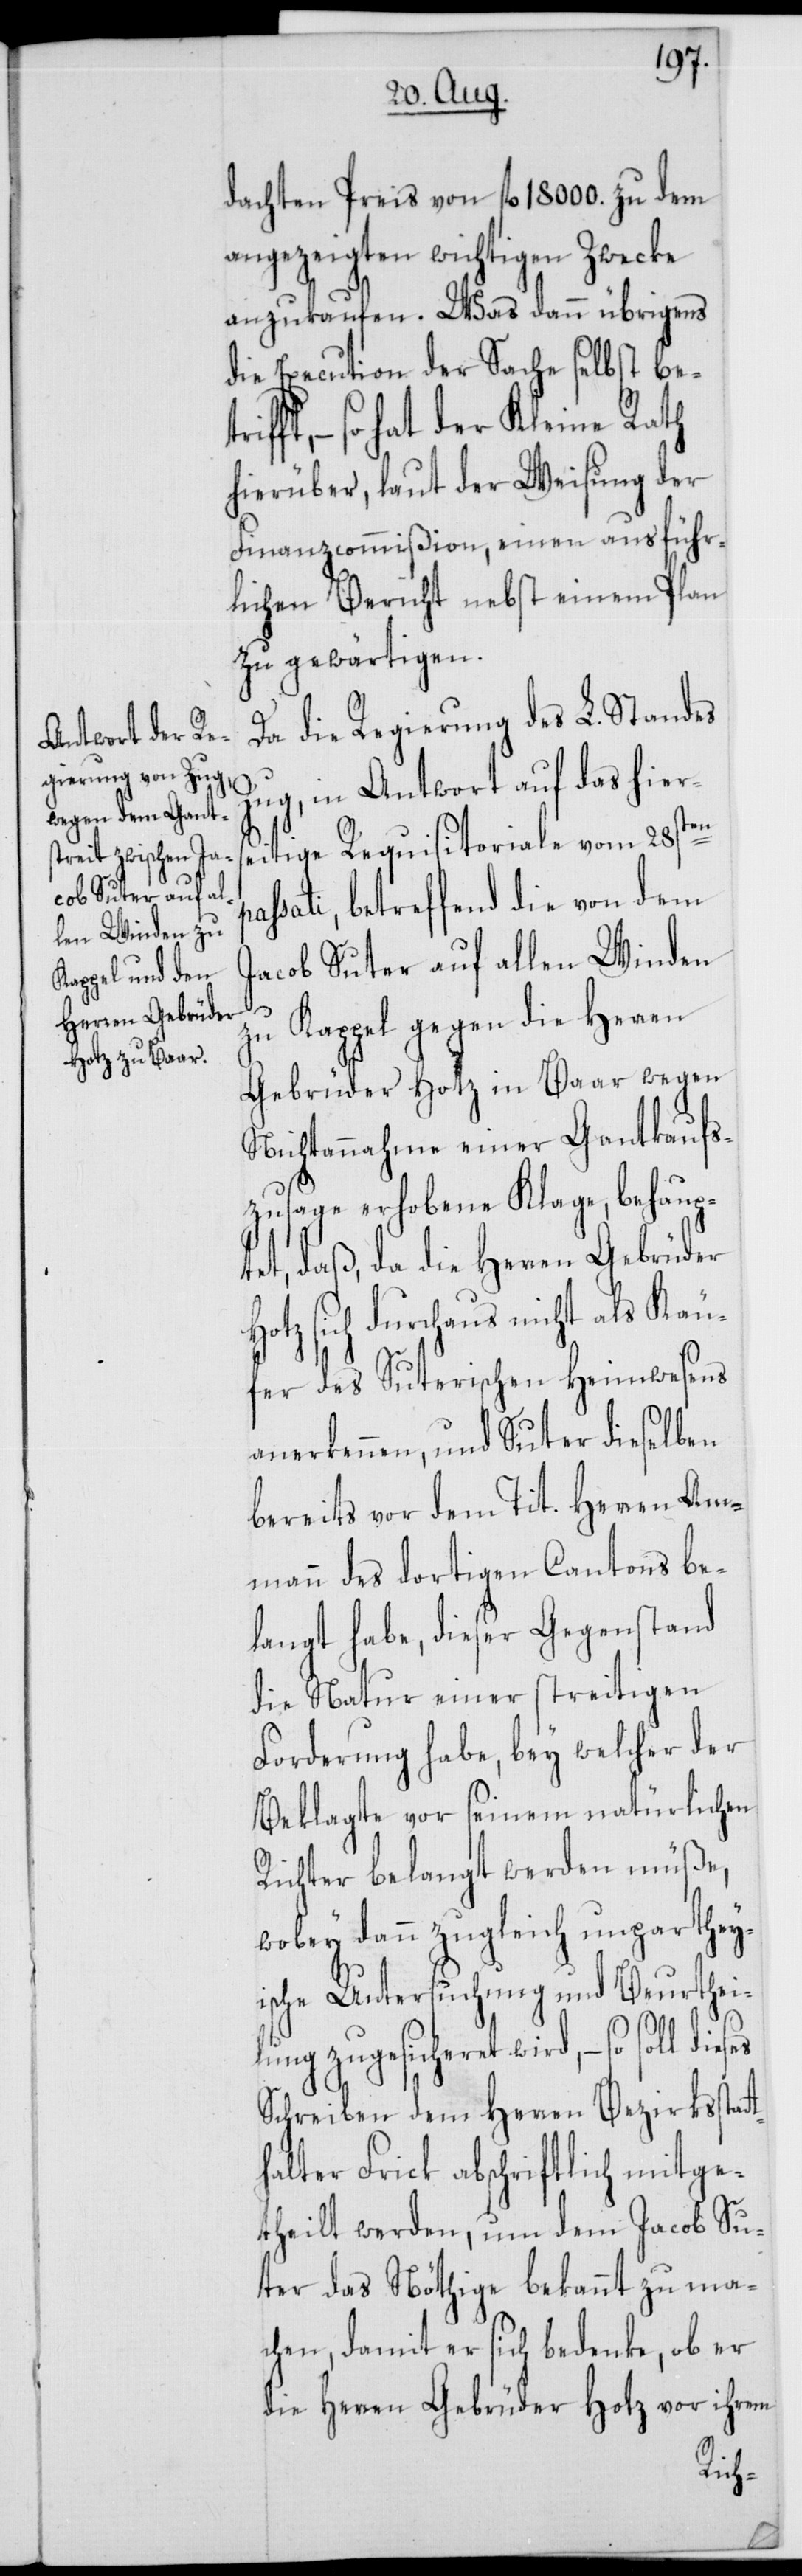
dachten Preis von fl. 18 000 zu dem
angezeigten wichtigen Zwecke
anzukaufen. Was dann übrigens
die Execution der Sache selbst be¬
ft, – so hat der Kleine Rath
hierüber, laut der Weisung der
Finanzcommißion, einen ausführ¬
lichen Bericht nebst einem Plan
zu gewärtigen.
Da die Regierung des L. Standes
Zug, in Antwort auf das hiers¬
eitige Requisitoriale vom 28sten
sati, betreffed die von dem
Jacob Suter auf allen Winden
zu Kappel gegen die Herren
Gebrüder Hotz in Baar wegen
Nichtannahme einer Gantkaufs¬
zusage erhobene Klage, behaup¬
tet, daß, da die Herren Gebrüder
Hotz sich durchaus nicht als Käu¬
fer des Suterischen Heimwesens
anerkennen, und Suter dieselben
bereits vor dem Tit. Herren Am¬
mann des dortigen Cantons be¬
langt habe, dieser Gegenstand
die Natur einer streitigen
Forderung habe, bey welcher der
Beklagte vor seinem natürlichen
Richter belangt werden müße,
wobey dann zugleich unpartheyi¬
sche Untersuchung und Beurthei¬
lung zugesicheret wird, – so soll
Schreiben dem Herren Bezirksstat¬
halter Frick abschriftlich mitge¬
theilt werden, um dem Jacob Su¬
ter das Nöthige bekannt zu ma¬
chen, damit er sich bedenke, ob er
die Herren Gebrüder Hotz vor ihrem
t¬